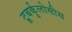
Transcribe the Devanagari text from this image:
टूबर्कुलोसीस